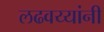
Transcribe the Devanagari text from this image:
लढवय्यांनी